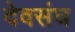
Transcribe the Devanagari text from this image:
देवसंघ